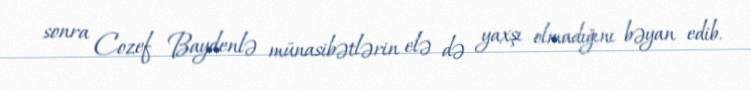
sonra Cozef Baydenlə münasibətlərin elə də yaxşı olmadığını bəyan edib.